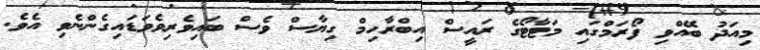
މިއަދު ބޭއްވި ފޯރަމްގައި މަޓާޓޯގެ ރައީސް އިބްރާހިމް ގިޔާސް ވެސް ބައިވެރިވެވަޑައިގެންނެވި އެވެ.